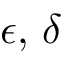
\epsilon , \, \delta